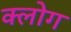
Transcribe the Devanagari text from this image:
क्लोग